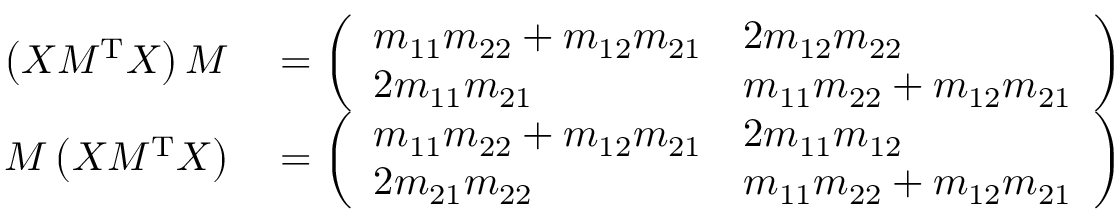
\begin{array} { r l } { \left( X M ^ { \mathrm { T } } X \right) M } & { { } = \left( \begin{array} { l l } { m _ { 1 1 } m _ { 2 2 } + m _ { 1 2 } m _ { 2 1 } } & { 2 m _ { 1 2 } m _ { 2 2 } } \\ { 2 m _ { 1 1 } m _ { 2 1 } } & { m _ { 1 1 } m _ { 2 2 } + m _ { 1 2 } m _ { 2 1 } } \end{array} \right) } \\ { M \left( X M ^ { \mathrm { T } } X \right) } & { { } = \left( \begin{array} { l l } { m _ { 1 1 } m _ { 2 2 } + m _ { 1 2 } m _ { 2 1 } } & { 2 m _ { 1 1 } m _ { 1 2 } } \\ { 2 m _ { 2 1 } m _ { 2 2 } } & { m _ { 1 1 } m _ { 2 2 } + m _ { 1 2 } m _ { 2 1 } } \end{array} \right) } \end{array}